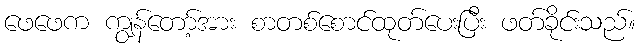
ဖေဖေက ကျွန်တော့်အား စာတစ်စောင်ထုတ်ပေးပြီး ဖတ်ခိုင်းသည်။